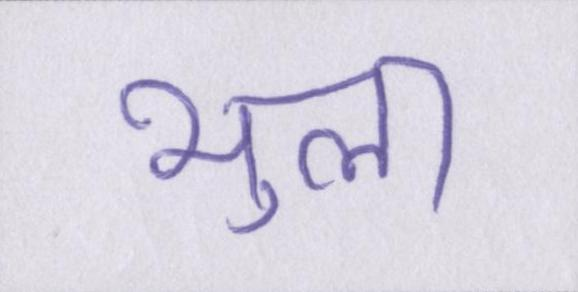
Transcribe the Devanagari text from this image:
भुला